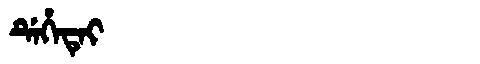
Manchu: ᡩᡝᡥᡝᡨᡝᡳ
Romanization: DEHETEI